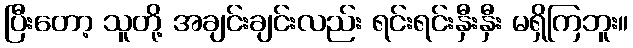
ပြီးတော့ သူတို့ အချင်းချင်းလည်း ရင်းရင်းနှီးနှီး မရှိကြဘူး။